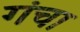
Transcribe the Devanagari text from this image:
गंचा